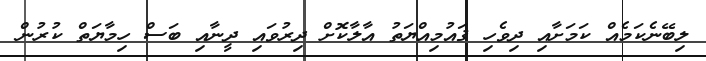
ލިބޭނެކަމެއް ކަމަށާއި ދިވެހި ޤައުމިއްޔަތު އާލާކޮށް ދިރުވައި ދީނާއި ބަސް ހިމާޔަތް ކުރުން